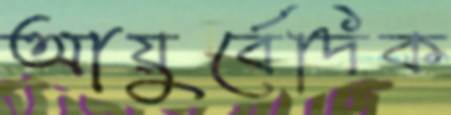
আয়ুর্বেদিক